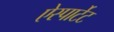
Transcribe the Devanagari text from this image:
ऐस्पार्टेट